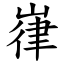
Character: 嵂